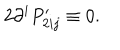
2 \partial ^ { i } P _ { 2 i j } ^ { \prime } \equiv 0 .